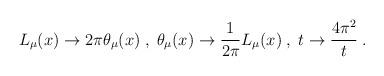
LaTeX: \begin{align*}L_{\mu} (x) \to 2 \pi \theta_{\mu} (x) \;,\; \theta_{\mu} (x) \to\frac{1}{2 \pi} L_{\mu} (x) \;,\; t \to \frac{4 \pi^2}{t} \;.\end{align*}